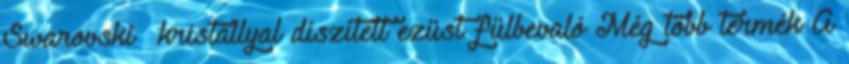
Swarovski® kristállyal díszített ezüst fülbevaló Még több termék A